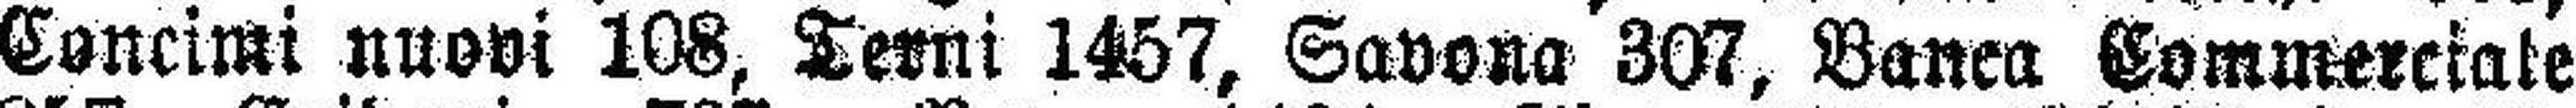
Concimi nuovi 108, Terni 1457, Savona 307, Banca Commerciale